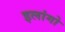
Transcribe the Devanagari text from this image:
इलांगो